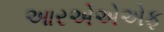
આરએએએફ